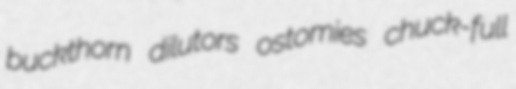
buckthorn dilutors ostomies chuck-full